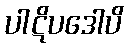
ပါဋိပဒေါပိ